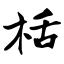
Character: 栝